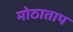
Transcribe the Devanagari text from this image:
मोठाताप